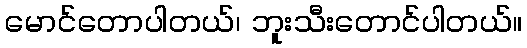
မောင်တောပါတယ်၊ ဘူးသီးတောင်ပါတယ်။